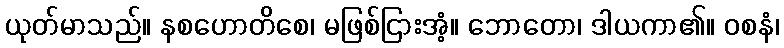
ယုတ်မာသည်။ နစဟောတိစေ၊ မဖြစ်ငြားအံ့။ ဘောတော၊ ဒါယကာ၏။ ဝစနံ၊